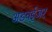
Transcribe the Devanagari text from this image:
अडवईजर